65_HS1-834228961_62-HQ-83894_Serial_130
Agency: FBI
Page 78
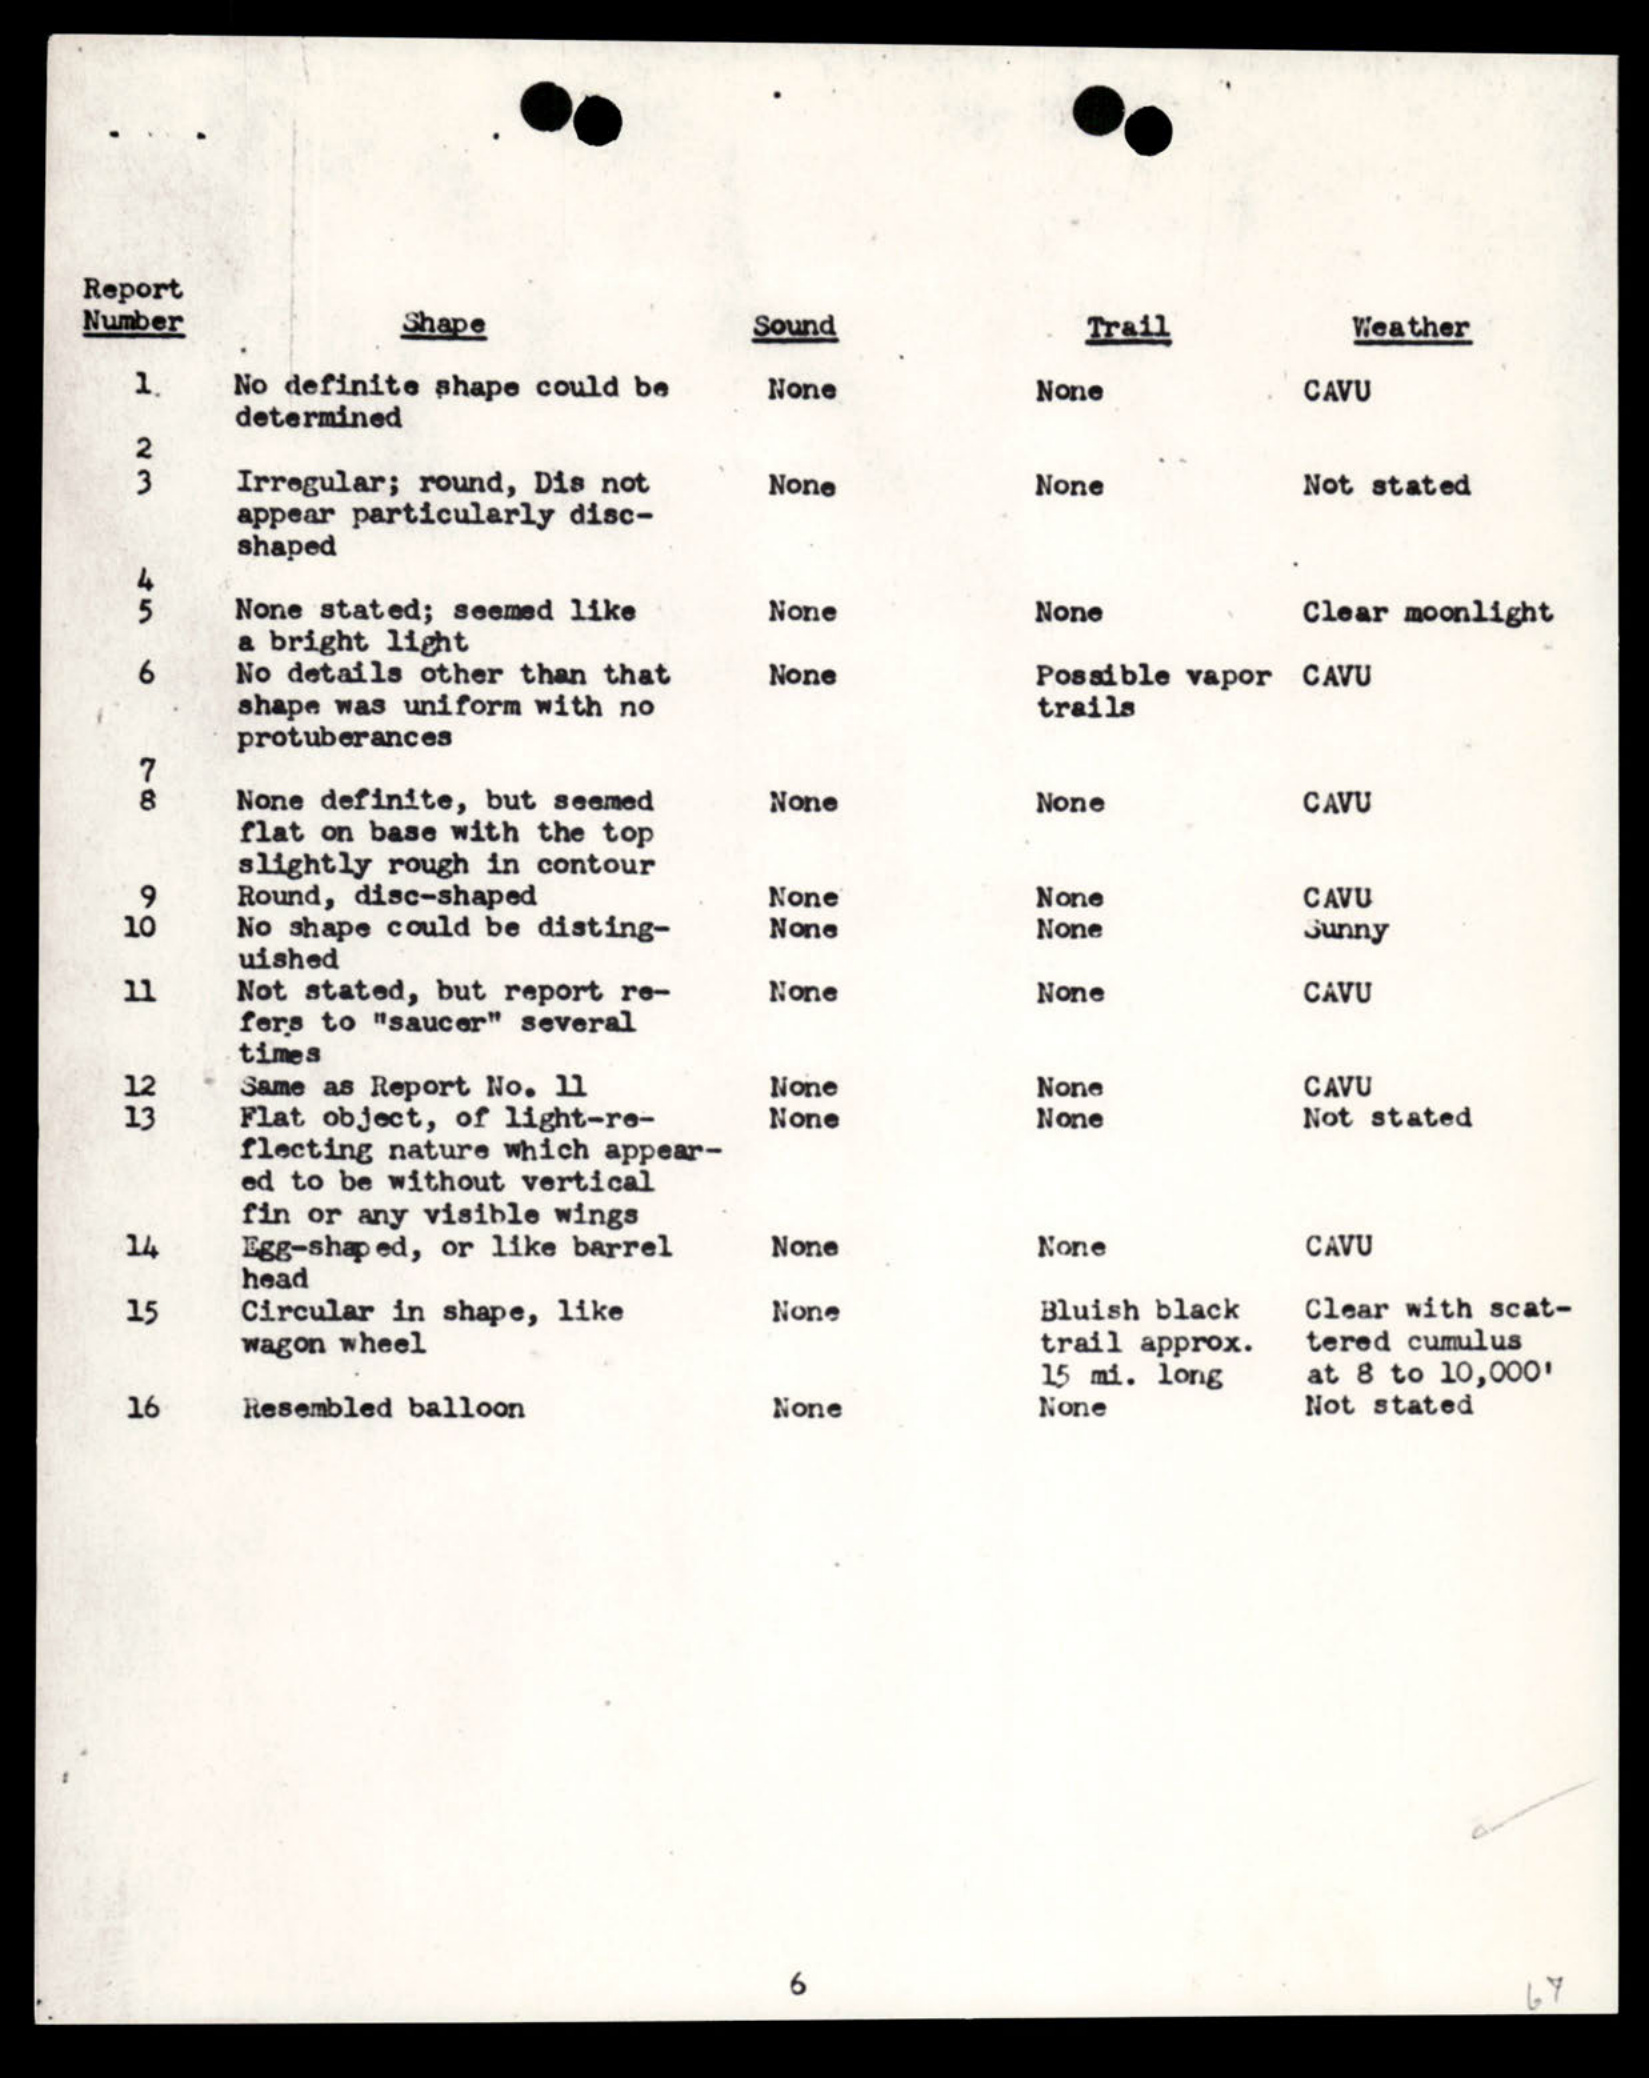